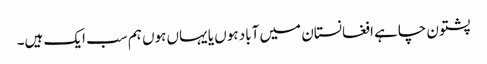
پشتون چاہے افغانستان میں آباد ہوں یا یہاں ہوں ہم سب ایک ہیں۔